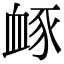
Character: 𧖹